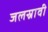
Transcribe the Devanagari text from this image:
जलस्रावी